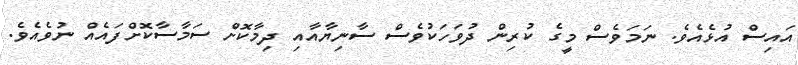
އައިސް އުޅެއެވެ. ނަމަވެސް މީގެ ކުރިން ދުވަހަކުވެސް ސާނިޔާއާއި ދިމާކޮށް ސަމާސާކޮށްފައެއް ނުވެއެވެ.